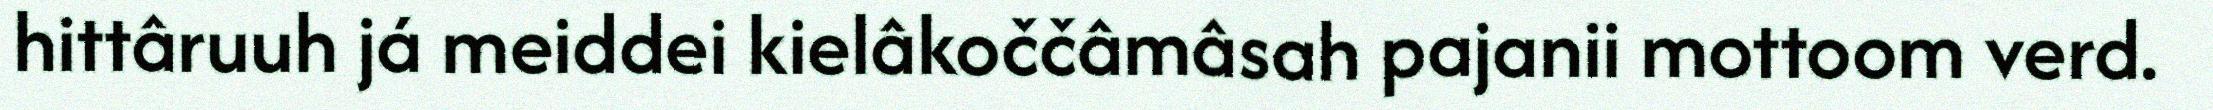
hittâruuh já meiddei kielâkoččâmâsah pajanii mottoom verd.